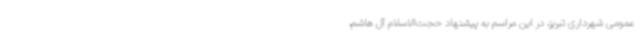
عمومی شهرداری تبریز، در این مراسم به پیشنهاد حجت‌الاسلام آل هاشم،